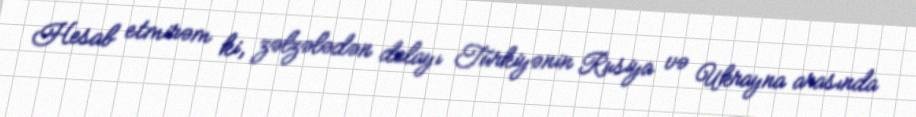
Hesab etmirəm ki, zəlzələdən dolayı Türkiyənin Rusiya və Ukrayna arasında